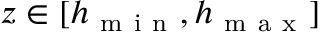
z \in [ h _ { \mathrm { ~ m ~ i ~ n ~ } } , h _ { \mathrm { ~ m ~ a ~ x ~ } } ]